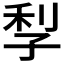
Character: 𡥬